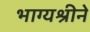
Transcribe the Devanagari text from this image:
भाग्यश्रीने